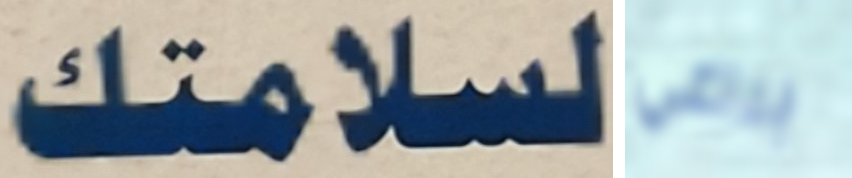
لسلامتك براغي